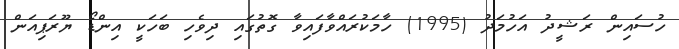
ހުސައިން ރަޝީދު އަހުމަދު (1995) ހާމަކުރައްވާފައިވާ ގޮތުގައި ދިވެހި ބަހަކީ އިންޑޯ ޔޫރަޕިއަން